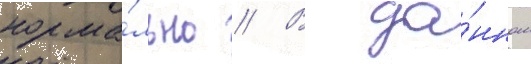
норма́льно // В да́нном